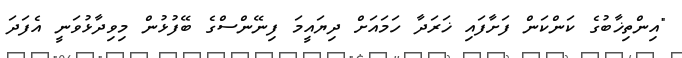
"އިންތިޚާބުގެ ކަންކަން ފަށާފައި ޚަރަދާ ހަމައަށް ދިޔައީމަ ފިނޭންސްގެ ބޭފުޅުން މިވިދާޅުވަނީ އެފަދަ